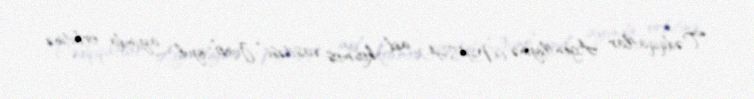
Tədqiqatlar Agentliyinə (NASA) aid kosmos vasitəsi “Juno” iyul ayında orbitinə